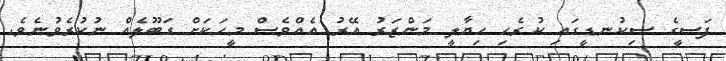
ފަސީގެ ސިކުނޑީގައި ކުރެހި ހިޔާލީ މަންޒަރު އޭރު އެއްވެސް މީހަކަށް ގަބޫލެއް ނުކުރެވުނެވެ.